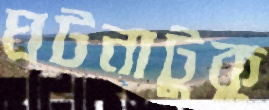
ঘটনাটুকু